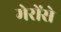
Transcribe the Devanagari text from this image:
मेरोंसे